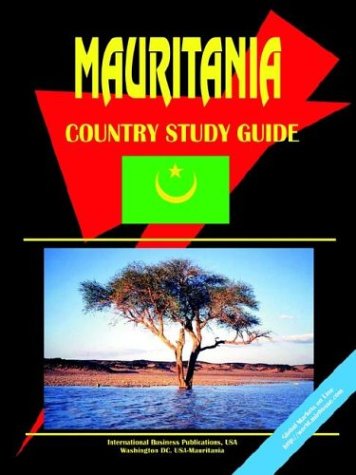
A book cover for Mauritania Country Study Guide; Ibp Usa; Travel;